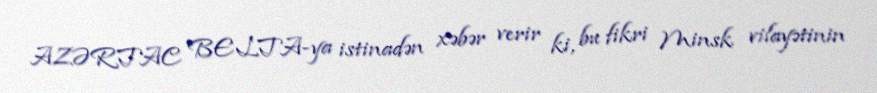
AZƏRTAC BELTA-ya istinadən xəbər verir ki, bu fikri Minsk vilayətinin